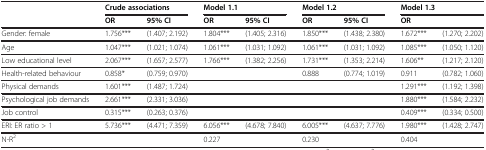
|  | <COLSPAN=2> Crude associations | <COLSPAN=2> Model 1.1 | <COLSPAN=2> Model 1.2 | <COLSPAN=2> Model 1.3 |
 |  | OR | 95% CI | OR | 95% CI | OR | 95% CI | OR |  |
 | --- | --- | --- | --- | --- | --- | --- | --- | --- |
 | Gender: female | 1.756*** | (1.407; 2.192) | 1.804*** | (1.405; 2.316) | 1.850*** | (1.438; 2.380) | 1.672*** | (1.270; 2.202) |
 | Age | 1.047*** | (1.021; 1.074) | 1.061*** | (1.031; 1.092) | 1.061*** | (1.031; 1.092) | 1.085*** | (1.050; 1.120) |
 | Low educational level | 2.067*** | (1.657; 2.577) | 1.766*** | (1.382; 2.256) | 1.731*** | (1.353; 2.214) | 1.606** | (1.217; 2.120) |
 | Health-related behaviour | 0.858* | (0.759; 0.970) |  |  | 0.888 | (0.774; 1.019) | 0.911 | (0.782; 1.060) |
 | Physical demands | 1.601*** | (1.487; 1.724) |  |  |  |  | 1.291*** | (1.192; 1.398) |
 | Psychological job demands | 2.661*** | (2.331; 3.036) |  |  |  |  | 1.880*** | (1.584; 2.232) |
 | Job control | 0.315*** | (0.263; 0.376) |  |  |  |  | 0.409*** | (0.334; 0.500) |
 | ERI: ER ratio > 1 | 5.736*** | (4.471; 7.359) | 6.056*** | (4.678; 7.840) | 6.005*** | (4.637; 7.776) | 1.980*** | (1.428; 2.747) |
 | N-R2 |  |  | 0.227 |  | 0.230 |  | 0.404 |  |